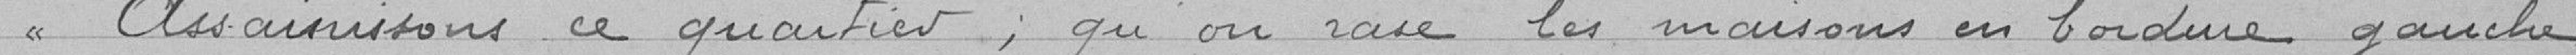
Assainissons ce quartier; qu'on rase les maisons en bordure gauche